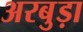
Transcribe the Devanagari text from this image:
अरबुड़ा